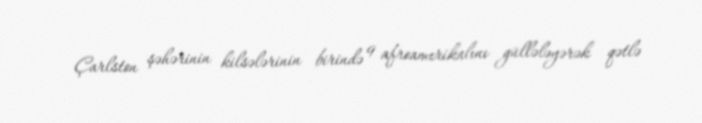
Çarlston şəhərinin kilsələrinin birində 9 afroamerikalını güllələyərək qətlə